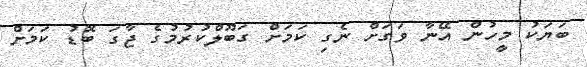
ބަޔަކު މީހުން އޭނާ ވަގަށް ނެގި ކަމަށް ގަބޫލްކުރުމުގެ ޖާގަ ބޮޑު ކަމަށް